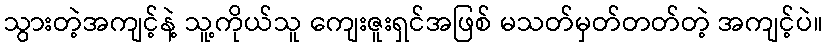
သွားတဲ့အကျင့်နဲ့ သူ့ကိုယ်သူ ကျေးဇူးရှင်အဖြစ် မသတ်မှတ်တတ်တဲ့ အကျင့်ပဲ။